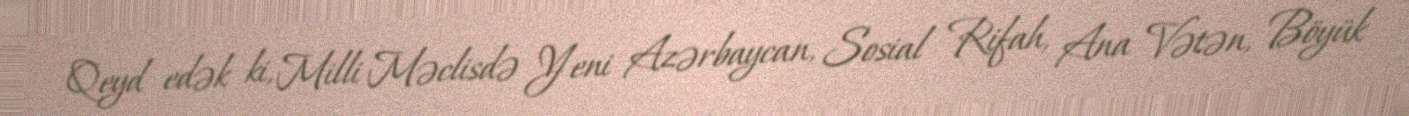
Qeyd edək ki, Milli Məclisdə Yeni Azərbaycan, Sosial Rifah, Ana Vətən, Böyük